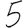
Digit: 5